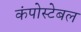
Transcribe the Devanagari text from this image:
कंपोस्टेबल